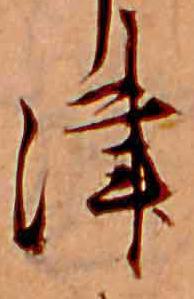
津